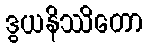
ဒွယနိဿိတော